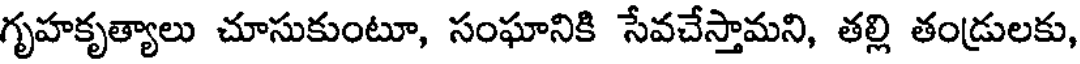
గృహకృత్యాలు చూసుకుంటూ, సంఘానికి సేవచేస్తామని, తల్లి తండ్రులకు,